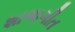
શાળાગીત